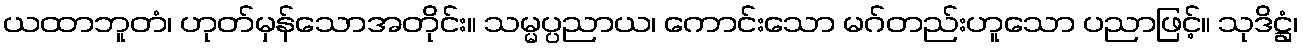
ယထာဘူတံ၊ ဟုတ်မှန်သောအတိုင်း။ သမ္မပ္ပညာယ၊ ကောင်းသော မဂ်တည်းဟူသော ပညာဖြင့်။ သုဒိဋ္ဌံ၊